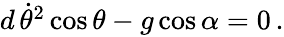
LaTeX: \begin{array}{r}{d\, \dot{\theta}^{2}\cos\theta-g\cos\alpha=0\, .}\end{array}